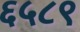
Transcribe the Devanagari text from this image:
६५८९